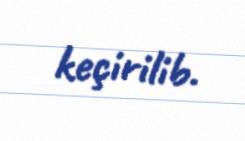
keçirilib.